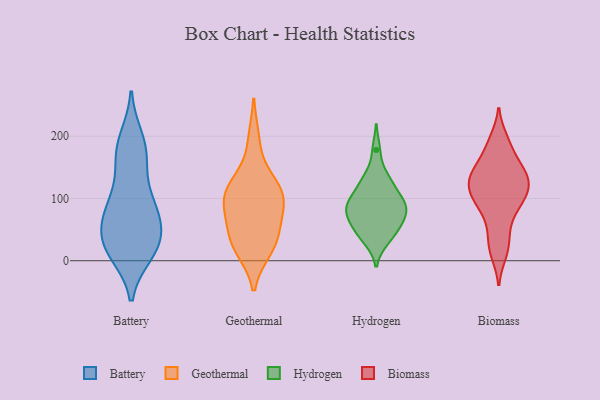
{"axis": {"x": "Conversion Rate (%)", "y": "Value"}, "legend": ["Battery", "Biomass", "Geothermal", "Hydrogen"], "data": [{"x": "", "y": 72, "type": "Battery"}, {"x": "", "y": 25, "type": "Battery"}, {"x": "", "y": 100, "type": "Battery"}, {"x": "", "y": 12, "type": "Battery"}, {"x": "", "y": 80, "type": "Battery"}, {"x": "", "y": 168, "type": "Battery"}, {"x": "", "y": 165, "type": "Battery"}, {"x": "", "y": 55, "type": "Battery"}, {"x": "", "y": 19, "type": "Battery"}, {"x": "", "y": 16, "type": "Battery"}, {"x": "", "y": 61, "type": "Battery"}, {"x": "", "y": 43, "type": "Battery"}, {"x": "", "y": 11, "type": "Battery"}, {"x": "", "y": 161, "type": "Battery"}, {"x": "", "y": 197, "type": "Battery"}, {"x": "", "y": 103, "type": "Battery"}, {"x": "", "y": 193, "type": "Battery"}, {"x": "", "y": 41, "type": "Battery"}, {"x": "", "y": 95, "type": "Battery"}, {"x": "", "y": 117, "type": "Geothermal"}, {"x": "", "y": 100, "type": "Geothermal"}, {"x": "", "y": 93, "type": "Geothermal"}, {"x": "", "y": 68, "type": "Geothermal"}, {"x": "", "y": 120, "type": "Geothermal"}, {"x": "", "y": 123, "type": "Geothermal"}, {"x": "", "y": 42, "type": "Geothermal"}, {"x": "", "y": 33, "type": "Geothermal"}, {"x": "", "y": 21, "type": "Geothermal"}, {"x": "", "y": 194, "type": "Geothermal"}, {"x": "", "y": 19, "type": "Geothermal"}, {"x": "", "y": 85, "type": "Geothermal"}, {"x": "", "y": 71, "type": "Hydrogen"}, {"x": "", "y": 34, "type": "Hydrogen"}, {"x": "", "y": 72, "type": "Hydrogen"}, {"x": "", "y": 97, "type": "Hydrogen"}, {"x": "", "y": 90, "type": "Hydrogen"}, {"x": "", "y": 127, "type": "Hydrogen"}, {"x": "", "y": 98, "type": "Hydrogen"}, {"x": "", "y": 49, "type": "Hydrogen"}, {"x": "", "y": 80, "type": "Hydrogen"}, {"x": "", "y": 178, "type": "Hydrogen"}, {"x": "", "y": 78, "type": "Hydrogen"}, {"x": "", "y": 51, "type": "Hydrogen"}, {"x": "", "y": 130, "type": "Hydrogen"}, {"x": "", "y": 32, "type": "Hydrogen"}, {"x": "", "y": 58, "type": "Hydrogen"}, {"x": "", "y": 89, "type": "Hydrogen"}, {"x": "", "y": 133, "type": "Hydrogen"}, {"x": "", "y": 105, "type": "Hydrogen"}, {"x": "", "y": 149, "type": "Biomass"}, {"x": "", "y": 126, "type": "Biomass"}, {"x": "", "y": 118, "type": "Biomass"}, {"x": "", "y": 143, "type": "Biomass"}, {"x": "", "y": 31, "type": "Biomass"}, {"x": "", "y": 120, "type": "Biomass"}, {"x": "", "y": 143, "type": "Biomass"}, {"x": "", "y": 89, "type": "Biomass"}, {"x": "", "y": 101, "type": "Biomass"}, {"x": "", "y": 11, "type": "Biomass"}, {"x": "", "y": 95, "type": "Biomass"}, {"x": "", "y": 195, "type": "Biomass"}, {"x": "", "y": 60, "type": "Biomass"}, {"x": "", "y": 178, "type": "Biomass"}]}